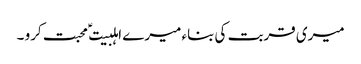
میری قربت کی بناء میرے اہلبیت ؑ محبت کرو ۔